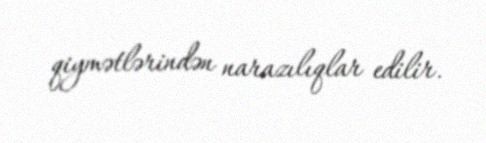
qiymətlərindən narazılıqlar edilir.